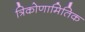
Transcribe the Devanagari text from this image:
त्रिकोणामितिक